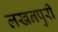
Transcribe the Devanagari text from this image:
लखनपुरी